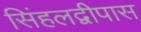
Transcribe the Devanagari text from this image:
सिंहलद्वीपास